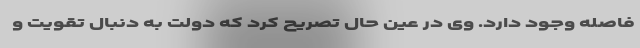
فاصله وجود دارد. وی در عین حال تصریح کرد که دولت به دنبال تقویت و